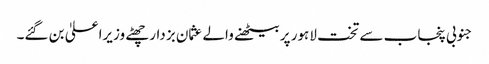
جنوبی پنجاب سے تخت لاہور پر بیٹھنے والے عثمان بزدار چھٹے وزیراعلیٰ بن گئے۔